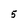
Character: 5